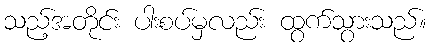
သည့်အတိုင်း ပါးစပ်မှလည်း ထွက်သွားသည်။